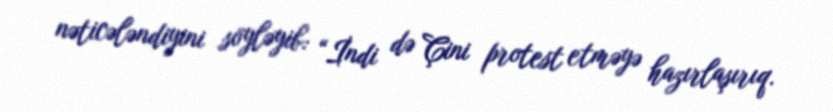
nəticələndiyini söyləyib: “İndi də Çini protest etməyə hazırlaşırıq.